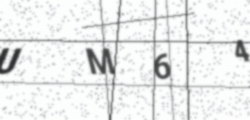
Text: UM64